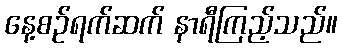
နေ့စဉ်ရက်ဆက် နာရီကြည့်သည်။